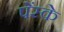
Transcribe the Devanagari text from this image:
पेंस्के